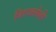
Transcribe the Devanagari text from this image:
विराजलेली